Report of the Indian Hemp Drugs Commission, 1894-1895 - Volume V
Year: 1894
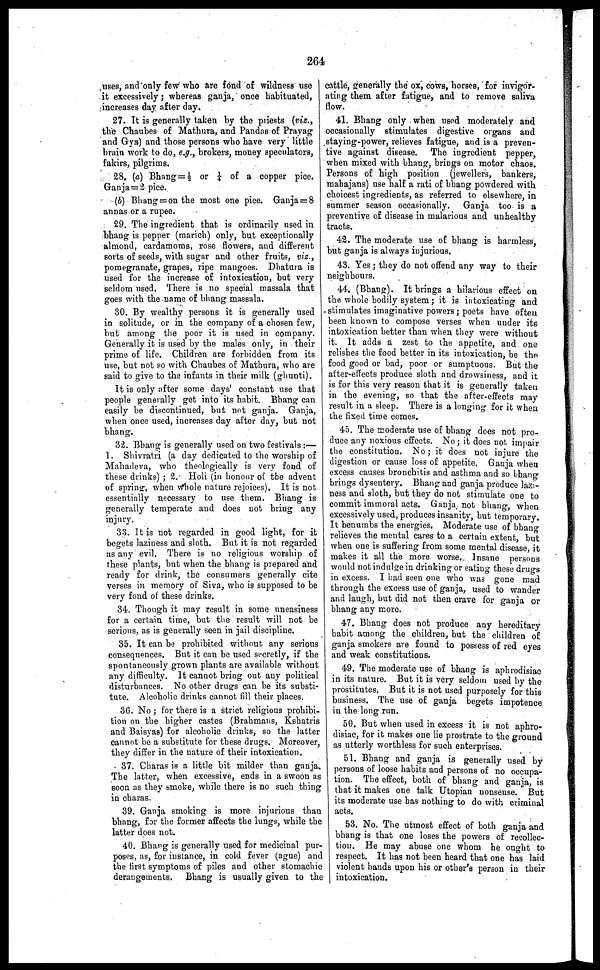
264
uses, and only few who are fond of wildness use
it excessively ; whereas ganja, once habituated,
increases day after day.
27. It is generally taken by the priests (viz.,
the Chaubes of Mathura, and Pandas of Prayag
and Gya) and those persons who have very little
brain work to do, e.g., brokers, money speculators,
fakirs, pilgrims.
28. (a) Bhang=½ or ¼ of a copper pice.
Ganja=2 pice.
(b) Bhang=on the most one pice. Ganja=8
annas or a rupee.
29. The ingredient that is ordinarily used in
bhang is pepper (marich) only, but exceptionally
almond, cardamoms, rose flowers, and different
sorts of seeds, with sugar and other fruits, viz.,
pomegranate, grapes, ripe mangoes. Dhatura is
used for the increase of intoxication, but very
seldom used. There is no special massala that
goes with the name of bhang massala.
30. By wealthy persons it is generally used
in solitude, or in the company of a chosen few,
but among the poor it is used in company.
Generally it is used by the males only, in their
prime of life. Children are forbidden from its
use, but not so with Chaubes of Mathura, who are
said to give to the infants in their milk (ghunti).
It is only after some days' constant use that
people generally get into its habit. Bhang can
easily be discontinued, but not ganja. Ganja,
when once used, increases day after day, but not
bhang.
32. Bhang is generally used on two festivals :—
1. Shivratri (a day dedicated to the worship of
Mahadeva, who theologically is very fond of
these drinks) ; 2. Holi (in honour of the advent
of spring, when Whole nature rejoices). It is not
essentially necessary to use them. Bhang is
generally temperate and does not bring any
injury.
33. It is not regarded in good light, for it
begets laziness and sloth. But it is not regarded
as any evil. There is no religious worship of
these plants, but when the bhang is prepared and
ready for drink, the consumers generally cite
verses in memory of Siva, who is supposed to be
very fond of these drinks.
34. Though it may result in some uneasiness
for a certain time, but the result will not be
serious, as is generally seen in jail discipline.
35. It can be prohibited without any serious
consequences. But it can be used secretly, if the
spontaneously grown plants are available without
any difficulty. It cannot bring out any political
disturbances. No other drugs can be its substi-
tute. Alcoholic drinks cannot fill their places.
36. No ; for there is a strict religious prohibi-
tion on the higher castes (Brahmans, Kshatris
and Baisyas) for alcoholic drinks, so the latter
cannot be a substitute for these drugs. Moreover,
they differ in the nature of their intoxication.
37. Charas is a little bit milder than ganja.
The latter, when excessive, ends in a swoon as
soon as they smoke, while there is no such thing
in charas.
39. Ganja smoking is more injurious than
bhang, for the former affects the lungs, while the
latter does not.
40. Bhang is generally used for medicinal pur-
poses, as, for instance, in cold fever (ague) and
the first symptoms of piles and other stomachic
derangements. Bhang is usually given to the
cattle, generally the ox, cows, horses, for invigor-
ating them after fatigue, and to remove saliva
flow.
41. Bhang only when used moderately and
occasionally stimulates digestive organs and
staying-power, relieves fatigue, and is a preven-
tive against disease. The ingredient pepper,
when mixed with bhang, brings on motor chaos.
Persons of high position (jewellers, bankers,
mahajans) use half a rati of bhang powdered with
choicest ingredients, as referred to elsewhere, in
summer season occasionally. Ganja too is a
preventive of disease in malarious and unhealthy
tracts.
42. The moderate use of bhang is harmless,
but ganja is always injurious.
43. Yes ; they do not offend any way to their
neighbours.
44. (Bhang). It brings a hilarious effect on
the whole bodily system ; it is intoxicating and
stimulates imaginative powers ; poets have often
been known to compose verses when under its
intoxication better than when they were without
it. It adds a zest to the appetite, and one
relishes the food better in its intoxication, be the
food good or bad, poor or sumptuous. But the
after-effects produce sloth and drowsiness, and it
is for this very reason that it is generally taken
in the evening, so that the after-effects may
result in a sleep. There is a longing for it when
the fixed time comes.
45. The moderate use of bhang does not pro-
duce any noxious effects. No ; it does not impair
the constitution. No; it does not injure the
digestion or cause loss of appetite. Ganja when
excess causes bronchitis and asthma and so bhang
brings dysentery. Bhang and ganja produce lazi-
ness and sloth, but they do not stimulate one to
commit immoral acts. Ganja not bhang, when
excessively used, produces insanity, but temporary.
It benumbs the energies. Moderate use of bhang
relieves the mental cares to a certain extent, but
when one is suffering from some mental disease, it
makes it all the more worse. Insane persons
would not indulge in drinking or eating these drugs
in excess. I had seen one who was gone mad
through the excess use of ganja, used to wander
and laugh, but did not then crave for ganja or
bhang any more.
47. Bhang does not produce any hereditary
habit among the children, but the children of
ganja smokers are found to possess of red eyes
and weak constitutions.
49. The moderate use of bhang is aphrodisiac
in its nature. But it is very seldom used by the
prostitutes. But it is not used purposely for this
business. The use of ganja begets impotence
in the long run.
50. But when used in excess it is not aphro-
disiac, for it makes one lie prostrate to the ground
as utterly worthless for such enterprises.
51. Bhang and ganja is generally used by
persons of loose habits and persons of no occupa-
tion. The effect, both of bhang and ganja, is
that it makes one talk Utopian nonsense. But
its moderate use has nothing to do with criminal
acts.
53. No. The utmost effect of both ganja and
bhang is that one loses the powers of recollec-
tion. He may abuse one whom he ought to
respect. It has not been heard that one has laid
violent hands upon his or other's person in their
intoxication.